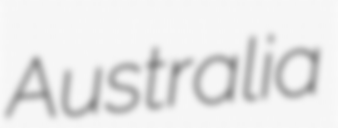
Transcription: Australia